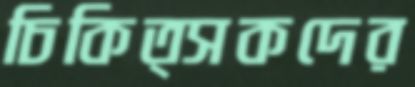
চিকিত্সকদের